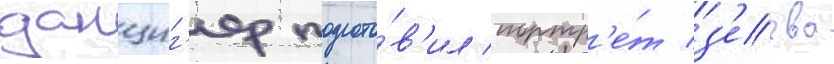
данциг'ер подгото́в'ил портр'е́т з'еева